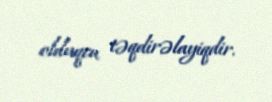
olduqca təqdirəlayiqdir.